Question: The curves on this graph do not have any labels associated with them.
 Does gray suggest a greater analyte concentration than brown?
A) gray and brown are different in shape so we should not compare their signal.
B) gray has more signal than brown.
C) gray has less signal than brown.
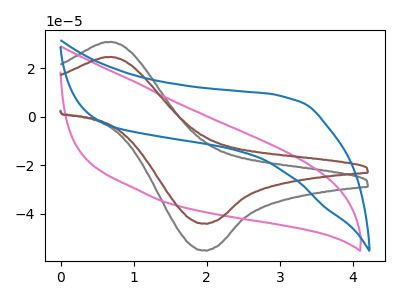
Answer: <think>The gray curve "gray" has an anodic peak at (0.70V, 30.85uA) and a cathodic peak at (1.95V, -55.05uA). The pink curve "pink" has no peaks. The brown curve "brown" has an anodic peak at (0.70V, 24.65uA) and a cathodic peak at (1.95V, -44.00uA). The blue curve "blue" has no peaks.
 All the peaks in "gray" have a peak in "brown" at the same potential. Every peak in "gray" is higher than every peak in "brown".</think>
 <answer>B) "gray" has more signal than "brown".</answer>
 <eval>B</eval>